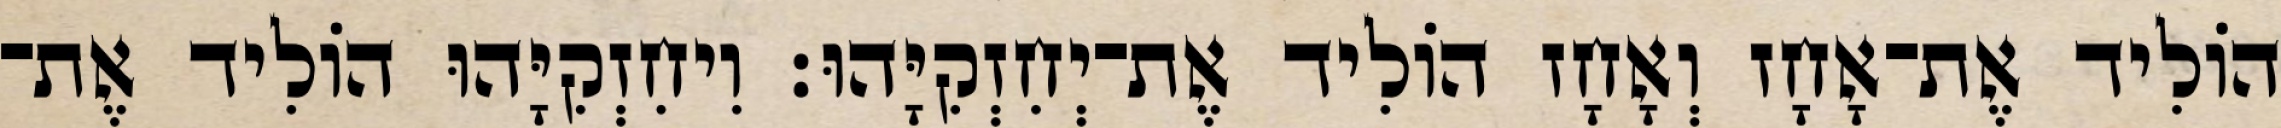
הוֹלִיד אֶת־אָחָז וְאָחָז הוֹלִיד אֶת־יְחִזְקִיָּהוּ׃ וִיחִזְקִיָּהוּ הוֹלִיד אֶת־